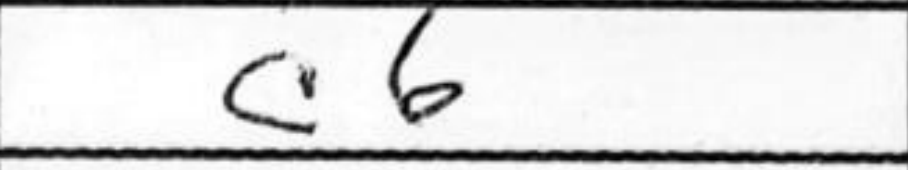
Transcription: c6